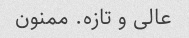
عالی و تازه. ممنون